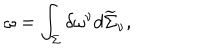
LaTeX: \omega = \int _ { \Sigma } \delta \omega ^ { \nu } d \widetilde { \Sigma } _ { \nu } ,